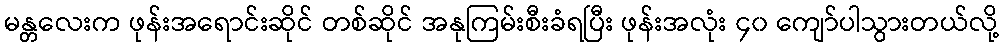
မန္တလေးက ဖုန်းအရောင်းဆိုင် တစ်ဆိုင် အနုကြမ်းစီးခံရပြီး ဖုန်းအလုံး ၄၀ ကျော်ပါသွားတယ်လို့